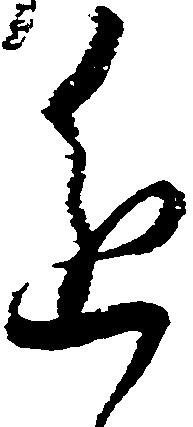
進